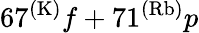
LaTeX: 67^{(\mathrm{K)}}f+71^{(\mathrm{Rb)}}p